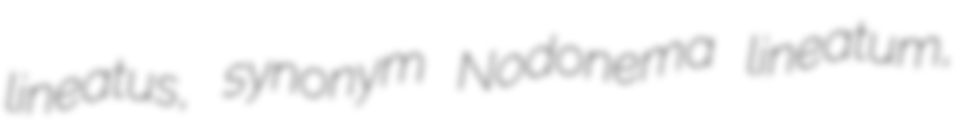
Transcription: lineatus, synonym Nodonema lineatum,